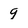
Character: 9